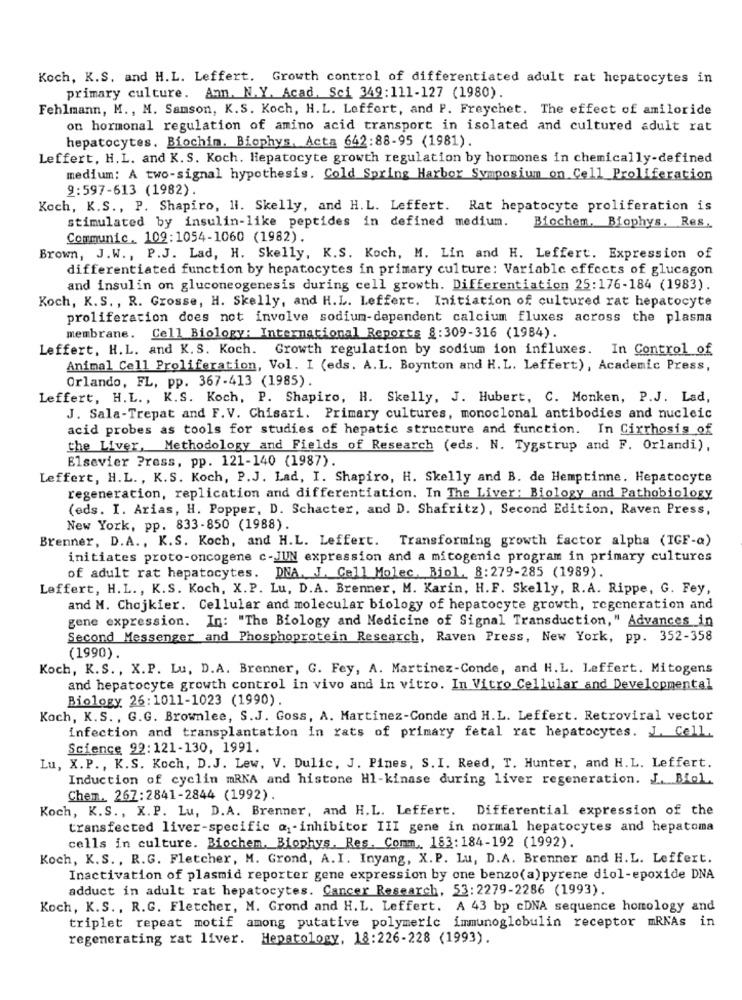
Koch, K.S. and H.L. Leffert. Growth control of differentiated adult rat hepatocytes in
primary culture. Amm. N.Y. Acad. Sci 349:111-127 (1980).
Fehlmann, M ., M. Samson, K.S. Koch, H.L. Loffert, and P. Freychet. The effect of amiloride
on hormonal regulation of amino acid transport in isolated and cultured adult rat
hepatocytes. Biochim. Biophys. Acta 642:88-95 (1981).
Leffert, H.L. and K.S. Koch. Hepatocyte growth regulation by hormones in chemically-defined
medium: A two-signal hypothesis. Cold Spring Harbor Symposium on Cell Proliferation
9:597-613 (1982)
Koch, K.S ., P. Shapiro, Hi. Skelly, and H.L. Leffert. Rat hepatocyte proliferation is
stimulated by insulin-like peptides in defined medium.
Biochem. Biophys. Res.
Communic. 102:1054-1060 (1982).
Brown, J.W ., P.J. Lad, H. Skelly, K.S. Koch, M. Lin and H. Leffert. Expression of
differentiated function by hepatocytes in primary culture: Variable effects of glucagon
and insulin on gluconeogenesis during cell growth. Differentiation 25:176-184 (1983).
Koch, K.S. , R. Grosse, H. Skelly, and H.L. Leffert. Initiation of cultured rat hepatocyte
proliferation does not involve sodium-dependent calcium fluxes across the plasma
membrane. Cell Biology: International Reports 8:309-316 (1984).
Leffert, H.L. and K.S. Koch. Growth regulation by sodium ion influxes. In Control of
Animal Cell Proliferation, Vol. I (eds. A.L. Boynton and H.L. Leffert), Academic Press,
Orlando, FL, pp. 367-413 (1985).
Leffert, H.L ., K.S. Koch, P. Shapiro, H. Skelly, J. Hubert, C. Monken, P.J. Lad,
J. Sala-Trepat and F. V. Chisari. Primary cultures, monoclonal antibodies and nucleic
acid probes as tools for studies of hepatic structure and function. In Cirrhosis of
the Liver, Methodology and Fields of Research (eds. N. Tygstrup and F. Orlandi),
Elsevier Press, pp. 121-140 (1987).
Leffert, H.L ., K.S. Koch, P.J. Lad, I. Shapiro, H. Skelly and B. de Hemptinne. Hepatocyte
regeneration, replication and differentiation. In The Liver: Biology and Pathobiology
(eds. I. Arias, H. Popper, D. Schacter, and D. Shafritz), Second Edition, Raven Press,
New York, pp. 833-850 (1988).
Brenner, D.A ., K.S. Koch, and H.L. Leffert. Transforming growth factor alpha (IGF-a)
initiates proto-oncogene c-JUN expression and a mitogenic program in primary cultures
of adult rat hepatocytes. DNA. J. Call Molec, Biol. 8:279-285 (1989).
Leffert, H.L ., K.S. Koch, X.P. Lu, D.A. Brenner, M. Karin, H.F. Skelly, R.A. Rippe, G. Fey,
and M. Chojkier. Cellular and molecular biology of hepatocyte growth, regeneration and
gene expression. In: "The Biology and Medicine of Signal Transduction," Advances in
Second Messenger and Phosphoprotein Research, Raven Press, New York, pp. 352-358
(1990).
Koch, K.S. , X.P. Lu, D.A. Brenner, G. Fey, A. Martinez-Conde, and H.L. Laffert. Mitogens
and hepatocyte growth control in vivo and in vitro. In Vitro Cellular and Developmental
Biology 26:1011-1023 (1990).
Koch, K.S. , G.G. Brownlee, S.J. Goss, A. Martinez-Conde and H.L. Leffert. Retroviral vector
infection and transplantation in rats of primary fetal rat hepatocytes. J. Cell.
Science 92:121-130, 1991.
Lu, X.P ., K.S. Koch, D.J. Lew, V. Dulic. J. Pines, S. I. Reed, T. Hunter, and H.L. Leffert.
Induction of cyclin mRNA and histone Hl-kinase during liver regeneration. J. Biol.
Chem. 267:2841-2844 (1992).
Koch, K.S ., X.P. Lu, D.A. Brenner, and H.L. Leffert. Differential expression of the
transfected liver-specific @-inhibitor III gene in normal hepatocytes and hepatoma
cells in culture. Biochem. Biophys. Res. Comm. 183:184-192 (1992).
Koch, K.S. , R.G. Fletcher, M. Grond, A. I. Inyang, X. P. Lu, D.A. Brenner and H.L. Leffert.
Inactivation of plasmid reporter gene expression by one benzo(a)pyrene diol-epoxide DNA
adduct in adult rat hepatocytes. Cancer Research, 53:2279-2286 (1993).
Koch, K.S ., R.G. Fletcher, M. Grond and H.L. Leffert. A 43 bp cDNA sequence homology and
triplet repeat motif among putative polymeric immunoglobulin receptor mRNAs in
regenerating rat liver. Hepatology, 18:226-228 (1993).